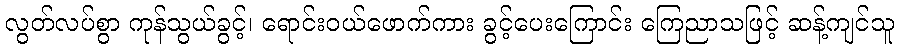
လွတ်လပ်စွာ ကုန်သွယ်ခွင့်၊ ရောင်းဝယ်ဖောက်ကား ခွင့်ပေးကြောင်း ကြေညာသဖြင့် ဆန့်ကျင်သူ